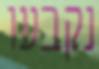
נקבעו